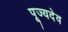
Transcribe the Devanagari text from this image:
पूज्यदेव